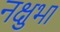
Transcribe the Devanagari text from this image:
नक्षुभा